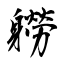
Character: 軂